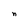
Character: n